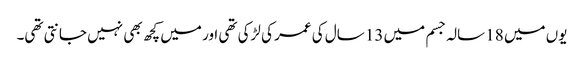
یوں میں 18 سالہ جسم میں 13 سال کی عمر کی لڑکی تھی اور میں کچھ بھی نہیں جانتی تھی۔